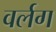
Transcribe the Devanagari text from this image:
वर्लग